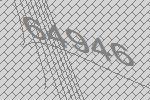
64946